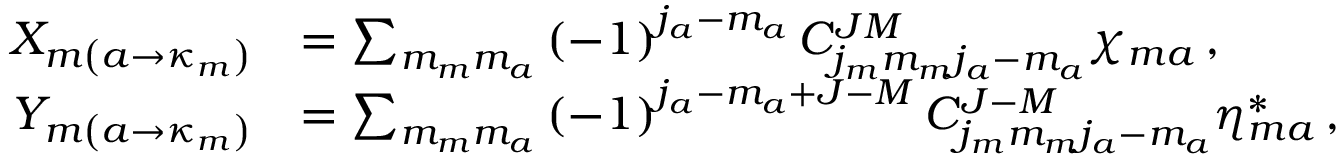
\begin{array} { r l } { X _ { m \left( a \rightarrow \kappa _ { m } \right) } } & { = \sum _ { m _ { m } m _ { a } } \left( - 1 \right) ^ { j _ { a } - m _ { a } } C _ { j _ { m } m _ { m } j _ { a } - m _ { a } } ^ { J M } \chi _ { m a } \, , } \\ { Y _ { m \left( a \rightarrow \kappa _ { m } \right) } } & { = \sum _ { m _ { m } m _ { a } } \left( - 1 \right) ^ { j _ { a } - m _ { a } + J - M } C _ { j _ { m } m _ { m } j _ { a } - m _ { a } } ^ { J - M } \eta _ { m a } ^ { * } \, , } \end{array}